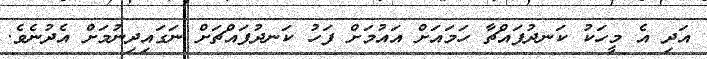
އަދި އެ މީހަކު ކަނދުފައްޗާ ހަމައަށް އައުމަށް ފަހު ކަނދުފައްޗަށް ނަގައިދިނުމަށް އެދުނެވެ.